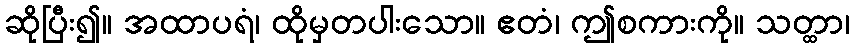
ဆိုပြီး၍။ အထာပရံ၊ ထိုမှတပါးသော။ ဧတံ၊ ဤစကားကို။ သတ္ထာ၊